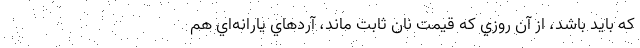
كه بايد باشد، از آن روزي كه قيمت نان ثابت ماند، آردهاي يارانه‌اي هم